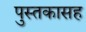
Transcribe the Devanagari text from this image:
पुस्तकासह